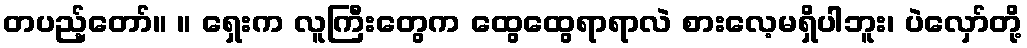
တပည့်တော်။ ။ ရှေးက လူကြီးတွေက ထွေထွေရာရာလဲ စားလေ့မရှိပါဘူး၊ ပဲလှော်တို့